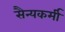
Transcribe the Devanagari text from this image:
सैन्यकर्मी